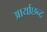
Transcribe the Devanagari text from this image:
आर्याछन्द